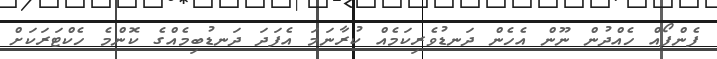
ފެންފޯއް ހެއްދުން ނޫން އެހެން ދަނޑުވެރިކަމެއް ކުރާނަމަ އެފަދަ ދަނޑުބިމެއްގެ ކޮންމެ ހެކްޓަރަކަށް